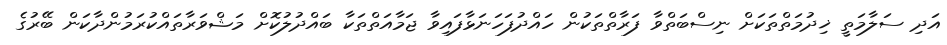
އަދި ސަލާމަތީ ޚިދުމަތްތަކަށް ނިސްބަތްވާ ފަރާތްތަކުން ހައްދުފަހަނަޅާފައިވާ ޖަމާއަތްތަކާ ބައްދުލުކޮށް މަޝްވަރާތައްކުރަމުންދާކަން ބޭރުގެ